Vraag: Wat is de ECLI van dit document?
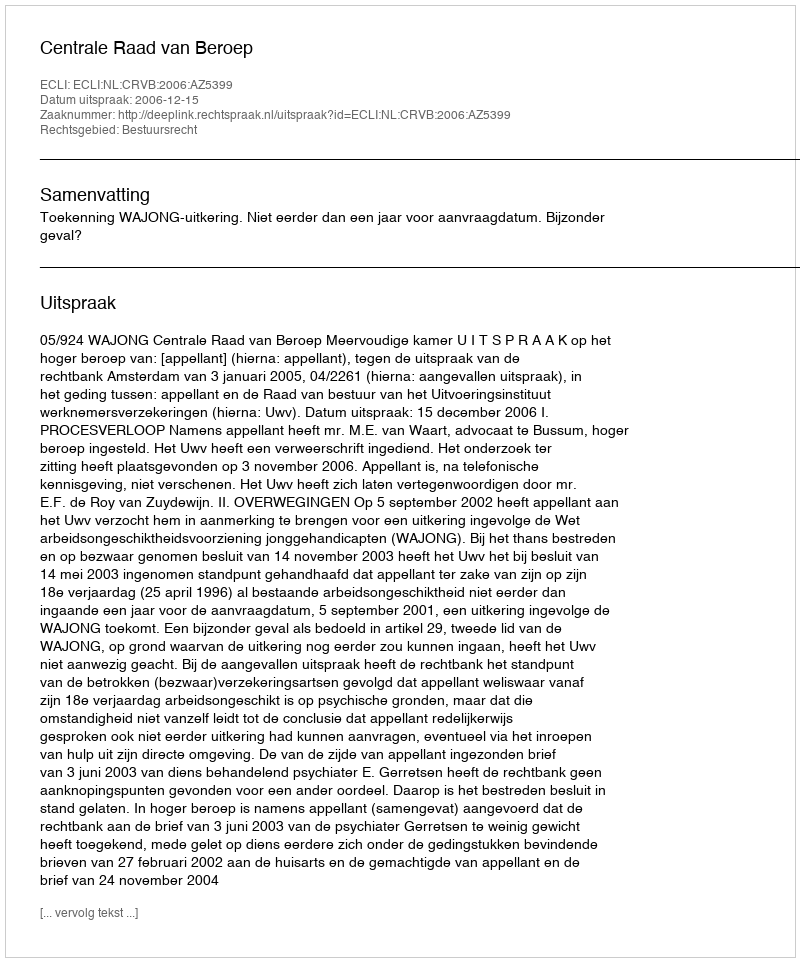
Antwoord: ECLI:NL:CRVB:2006:AZ5399